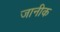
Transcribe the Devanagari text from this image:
जानीक